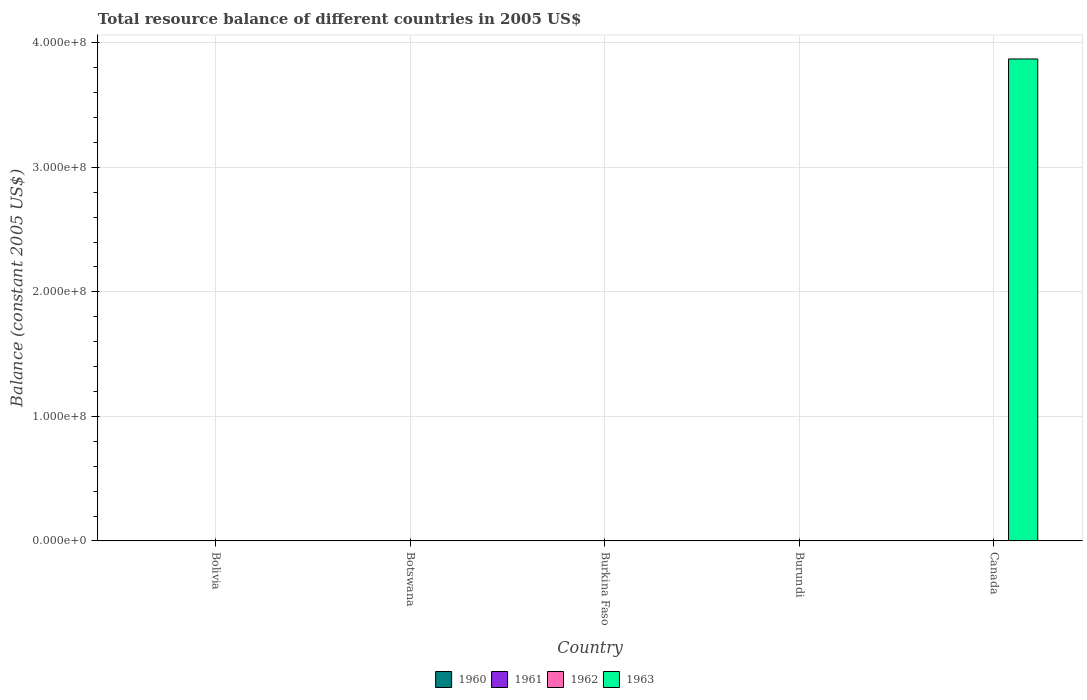
| Country | 1960 | 1961 | 1962 | 1963 |
 | --- | --- | --- | --- | --- |
 | Bolivia | -400 | -300 | -600 | -600 |
 | Botswana | -2.9e+06 | -3.6e+06 | -4.3e+06 | -5e+06 |
 | Burkina Faso | -8.89e+09 | -8.9e+09 | -9.46e+09 | -9.74e+09 |
 | Burundi | -8.75e+07 | -1.75e+08 | -3.5e+08 | -7.88e+08 |
 | Canada | -4.66e+08 | -1.23e+08 | -4.64e+06 | 3.87e+08 |